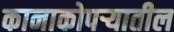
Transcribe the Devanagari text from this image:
कानाकोपर्‍यातील